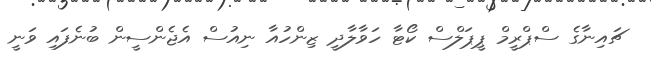
ޗައިނާގެ ސްޕްރީމް ޕީޕަލްސް ކޯޓާ ހަވާލާދީ ޒިންހުއާ ނިއުސް އެޖެންސީން ބުނެފައި ވަނީ